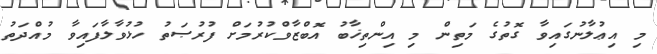
މި އިޢުލާނުގައިވާ ގޮތުގެ މަތިން މި އިންތިޚާބު އޮބްޒާވްކުރުމަށް ފުރުޞަތު ހުޅުވާލާފައިވާ މުއްދަތު